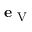
\mathbf { e } _ { \mathrm { ~ V ~ } }